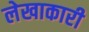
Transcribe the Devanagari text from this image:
लेखाकारी